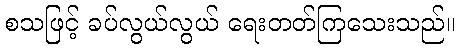
စသဖြင့် ခပ်လွယ်လွယ် ရေးတတ်ကြသေးသည်။